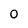
Character: 0